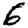
Digit: 6